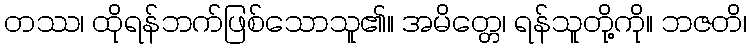
တဿ၊ ထိုရန်ဘက်ဖြစ်သောသူ၏။ အမိတ္တေ၊ ရန်သူတို့ကို။ ဘဇတိ၊